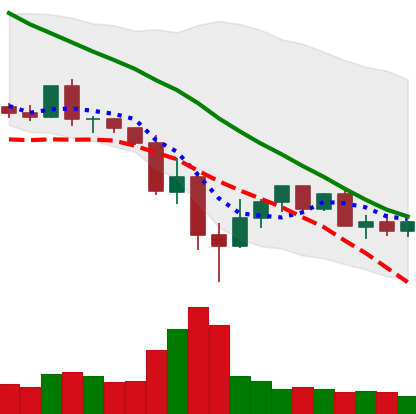
Ticker: XLM-USD
Chart end date: 2022-05-21
Forward return: -4.409%
Label: down_3_5